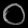
Digit: ၀